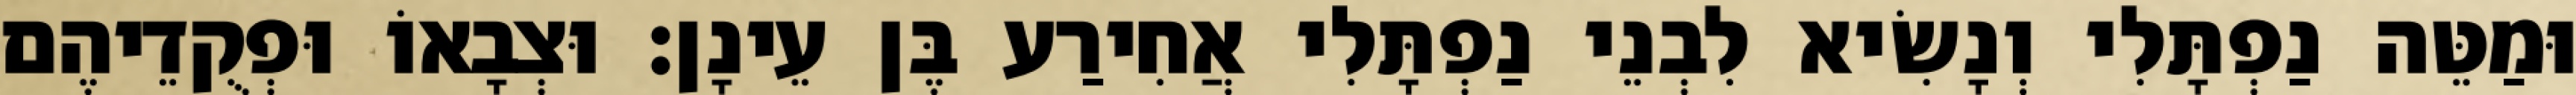
וּמַטֵּה נַפְתָּלִי וְנָשִׂיא לִבְנֵי נַפְתָּלִי אֲחִירַע בֶּן עֵינָן׃ וּצְבָאוֹ וּפְקֻדֵיהֶם